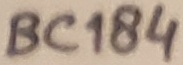
Text: BC184